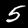
Label: 5